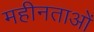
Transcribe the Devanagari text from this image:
महीनताओं